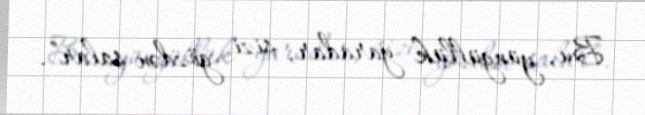
Bu, yüngüllük yaradar, sizi gözdən salar”.